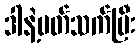
ဒါနဲ့ပတ်သက်ပြီး